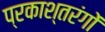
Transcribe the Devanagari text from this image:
प्रकाश्तरंगों